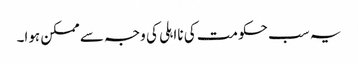
یہ سب حکومت کی نااہلی کی وجہ سے ممکن ہوا۔